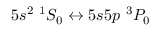
5 s ^ { 2 } ~ { } ^ { 1 } S _ { 0 } \leftrightarrow 5 s 5 p ~ { } ^ { 3 } P _ { 0 }